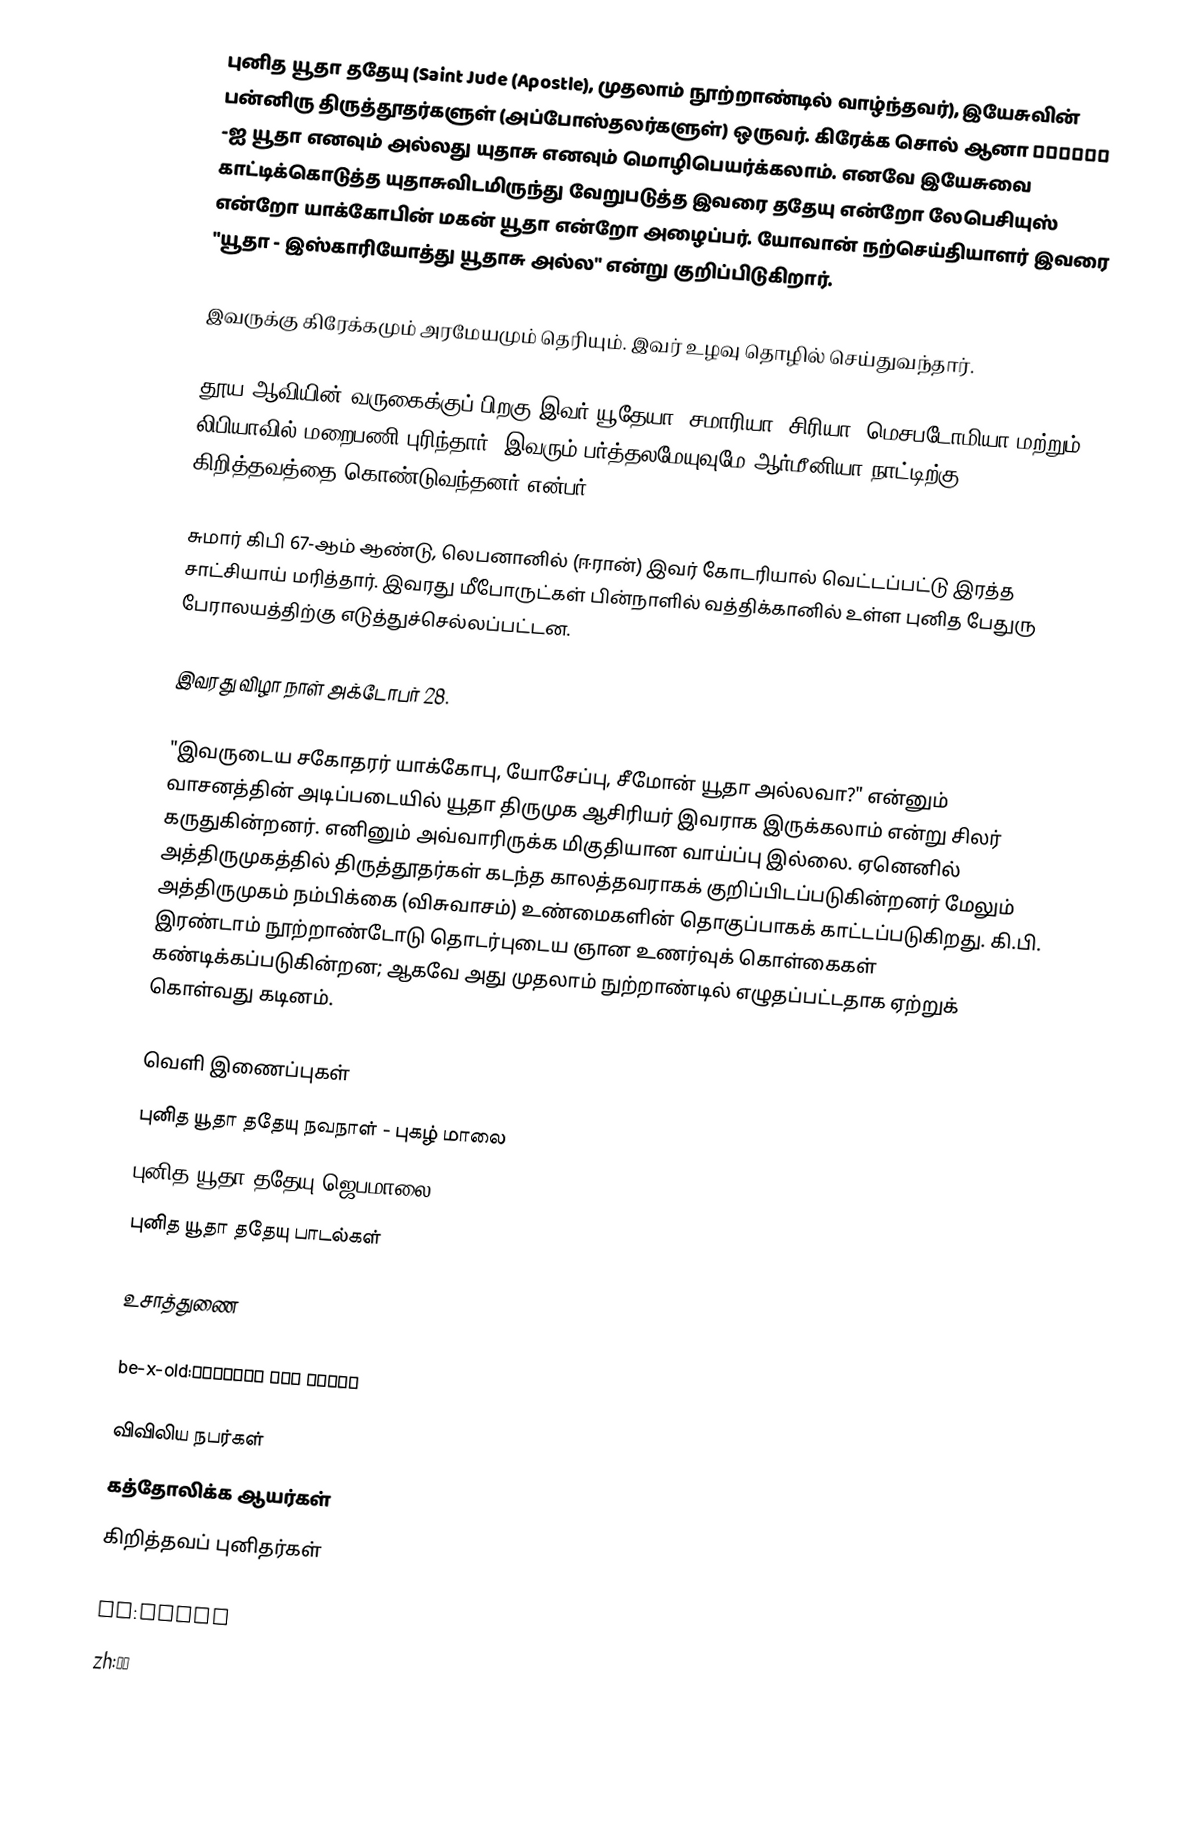
புனித யூதா ததேயு (Saint Jude (Apostle), முதலாம் நூற்றாண்டில் வாழ்ந்தவர்), இயேசுவின் பன்னிரு திருத்தூதர்களுள் (அப்போஸ்தலர்களுள்) ஒருவர். கிரேக்க சொல் ஆனா Ιούδας -ஐ யூதா எனவும் அல்லது யுதாசு எனவும் மொழிபெயர்க்கலாம். எனவே இயேசுவை காட்டிக்கொடுத்த யுதாசுவிடமிருந்து வேறுபடுத்த இவரை ததேயு என்றோ லேபெசியுஸ் என்றோ யாக்கோபின் மகன் யூதா என்றோ அழைப்பர். யோவான் நற்செய்தியாளர் இவரை "யூதா - இஸ்காரியோத்து யூதாசு அல்ல" என்று குறிப்பிடுகிறார்.

இவருக்கு கிரேக்கமும் அரமேயமும் தெரியும். இவர் உழவு தொழில் செய்துவந்தார்.

தூய ஆவியின் வருகைக்குப் பிறகு இவர் யூதேயா, சமாரியா, சிரியா, மெசபடோமியா மற்றும் லிபியாவில் மறைபணி புரிந்தார். இவரும் பர்த்தலமேயுவுமே ஆர்மீனியா நாட்டிற்கு கிறித்தவத்தை கொண்டுவந்தனர் என்பர்.

சுமார் கிபி 67-ஆம் ஆண்டு, லெபனானில் (ஈரான்) இவர் கோடரியால் வெட்டப்பட்டு இரத்த சாட்சியாய் மரித்தார். இவரது மீபோருட்கள் பின்நாளில் வத்திக்கானில் உள்ள புனித பேதுரு பேராலயத்திற்கு எடுத்துச்செல்லப்பட்டன.

இவரது விழா நாள் அக்டோபர் 28.

"இவருடைய சகோதரர் யாக்கோபு, யோசேப்பு, சீமோன் யூதா அல்லவா?"  என்னும் வாசனத்தின் அடிப்படையில் யூதா திருமுக ஆசிரியர் இவராக இருக்கலாம் என்று சிலர் கருதுகின்றனர். எனினும் அவ்வாரிருக்க மிகுதியான வாய்ப்பு இல்லை. ஏனெனில் அத்திருமுகத்தில் திருத்தூதர்கள் கடந்த காலத்தவராகக் குறிப்பிடப்படுகின்றனர்  மேலும் அத்திருமுகம் நம்பிக்கை (விசுவாசம்) உண்மைகளின் தொகுப்பாகக் காட்டப்படுகிறது. கி.பி. இரண்டாம் நூற்றாண்டோடு தொடர்புடைய ஞான உணர்வுக் கொள்கைகள் கண்டிக்கப்படுகின்றன; ஆகவே அது முதலாம் நுற்றாண்டில் எழுதப்பட்டதாக ஏற்றுக் கொள்வது கடினம்.

வெளி இணைப்புகள்
 புனித யூதா ததேயு நவநாள் - புகழ் மாலை
 புனித யூதா ததேயு ஜெபமாலை
 புனித யூதா ததேயு பாடல்கள்

உசாத்துணை

be-x-old:Апостал Юда Тадэй

விவிலிய நபர்கள்
கத்தோலிக்க ஆயர்கள்
கிறித்தவப் புனிதர்கள்

id:Yudas
zh:猶大